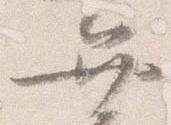
弁